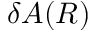
\delta A ( R )